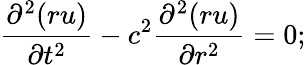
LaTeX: {\frac{\partial^{2}(ru)}{\partial t^{2}}}-c^{2}{\frac{\partial^{2}(ru)}{\partial r^{2}}}=0;